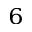
_ 6